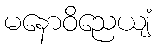
မနောဝိညေယျံ